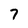
Character: 7